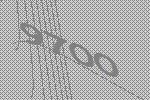
9700